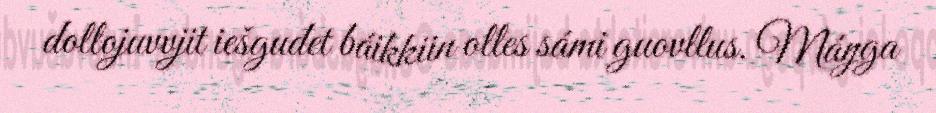
dollojuvvjit iešguđet báikkiin olles sámi guovllus. Máŋga